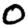
Digit: 0